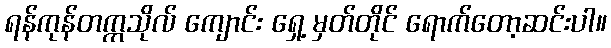
ရန်ကုန်တက္ကသိုလ် ကျောင်း ရှေ့ မှတ်တိုင် ရောက်တော့ဆင်းပါ။